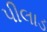
પીલાડ